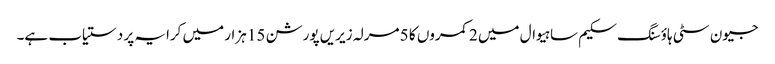
جیون سٹی ہاؤسنگ سکیم ساہیوال میں 2 کمروں کا 5 مرلہ زیریں پورشن 15 ہزار میں کرایہ پر دستیاب ہے۔